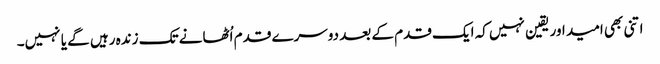
اتنی بھی امید اور یقین نہیں کہ ایک قدم کے بعد دوسرے قدم اُٹھانے تک زندہ رہیں گے یا نہیں۔